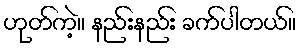
ဟုတ်ကဲ့။ နည်းနည်း ခက်ပါတယ်။